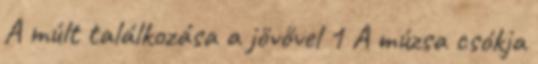
A múlt találkozása a jövővel 1 A múzsa csókja